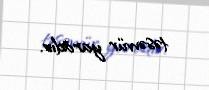
təsəvvür yaradır.